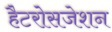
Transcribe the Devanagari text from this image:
हैटरोसजेशन